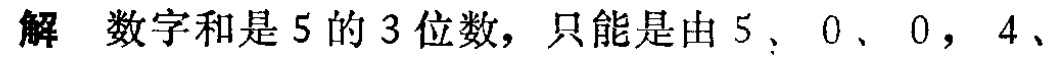
解 数字和是 5 的 3 位数，只能是由 5、0、0，4、